Bréfritari: Guðmundur Einarsson
Viðtakandi: Halldór Jónsson
Dagsetning: A-1857-10-12
Skrifað á: Flögu  S-Múl.

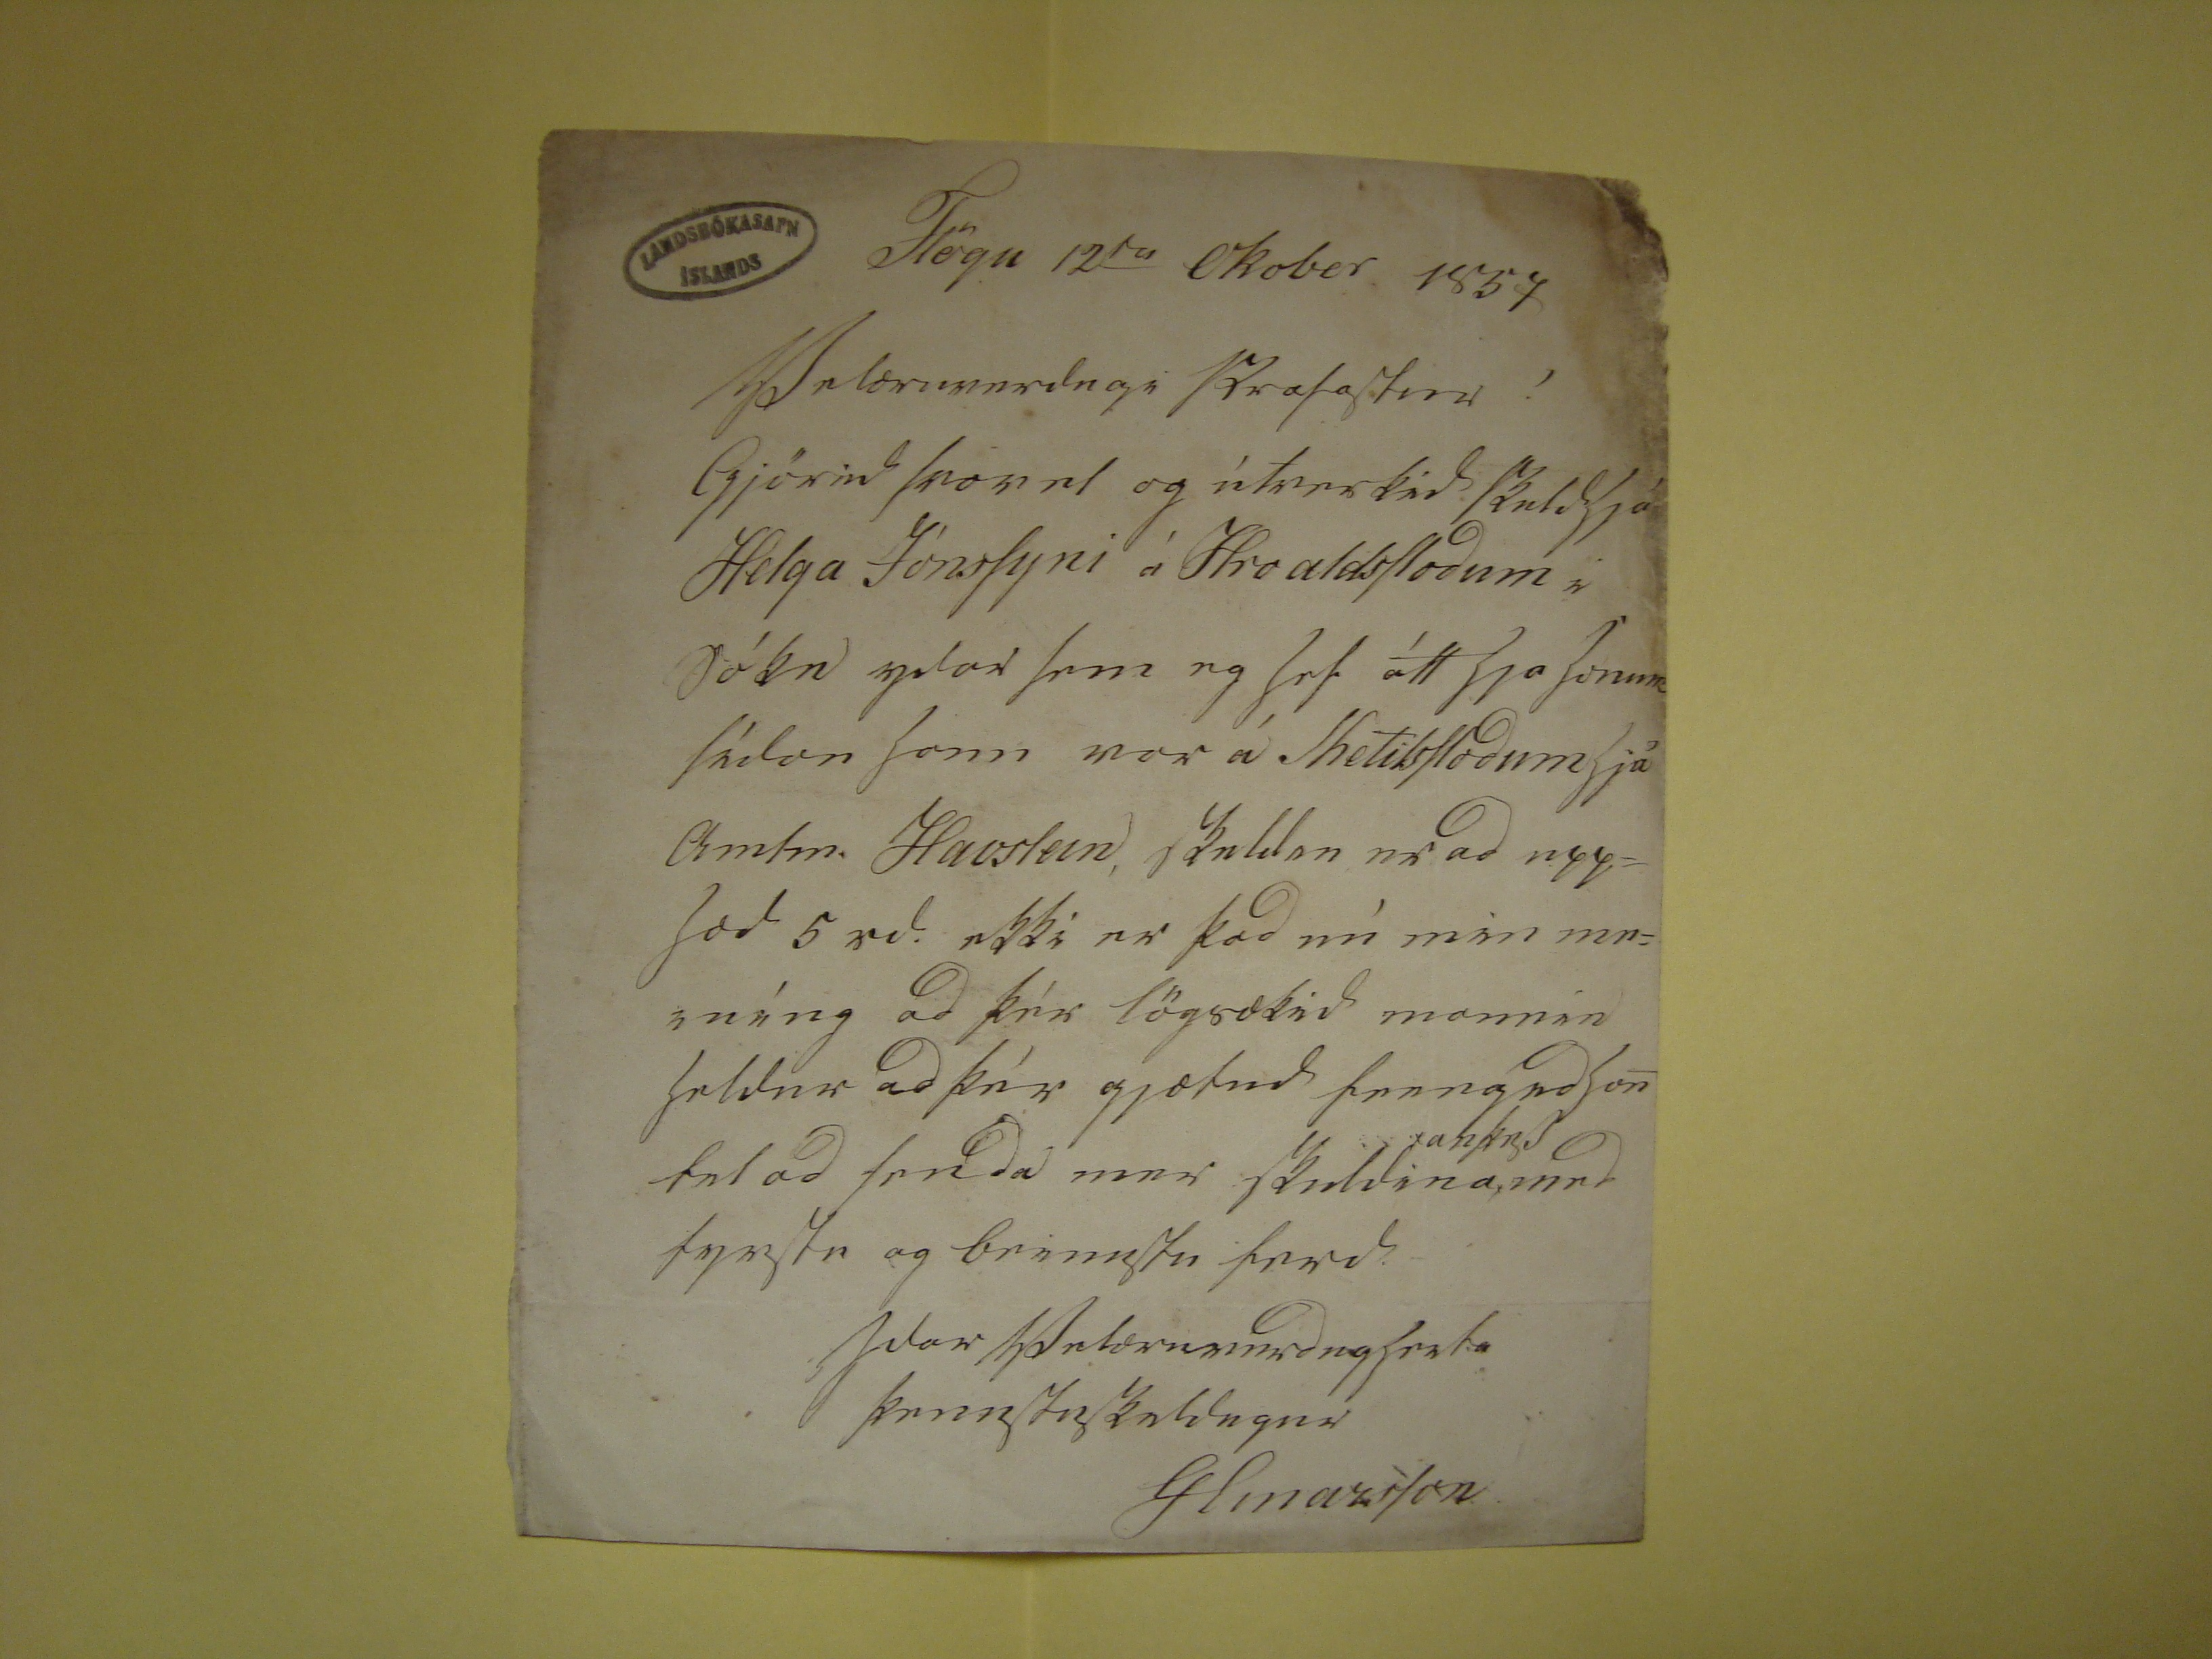

Flögu 12
ta
Okober 1857
Velæruverdugi Profastur !
Gjörið svovel og
ítreskið skulihjá
Helga Jónssyni á Hroaldsstoðum i Sókn
splar
sem eg hef átt hjá honum
sílon hann var á Ketilsstoðum hjá Amtm. Havstein,
skuldsu ur
að upphæð 5 rd. ekki er það nú min meiníng að þér lögsækið
mannin heldur að þér gjætuð fenngið
hontul
að senda mur skuldina
???
með
fyrstu og brinstu freð
Ydar Velæruverðugheita
??
GEinarsson